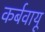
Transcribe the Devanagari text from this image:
कर्बवायू